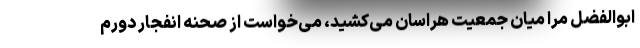
ابوالفضل مرا میان جمعیت هراسان می‌کشید، می‌خواست از صحنه انفجار دورم